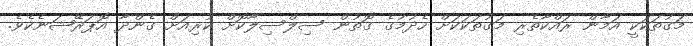
މަގުތަކަކީ އަމާން ރައްކާތެރި މަގުތަކަކަށް ހެދުމުގެ ގޮތުން ސިލްސިލާކޮށް ކުރިއަށް ގެންދާ އޮޕަރޭޝަނެކެވެ.